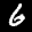
Label: 6